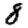
Digit: 8